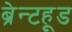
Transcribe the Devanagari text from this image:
ब्रेन्टहूड